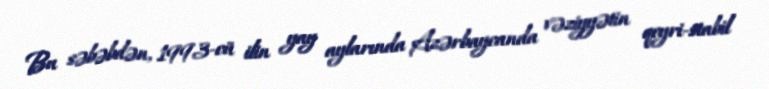
Bu səbəbdən, 1993-cü ilin yay aylarında Azərbaycanda vəziyyətin qeyri-stabil